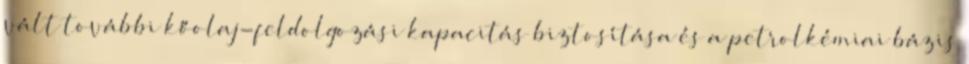
vált további kőolaj-feldolgozási kapacitás biztosítása és a petrolkémiai bázis